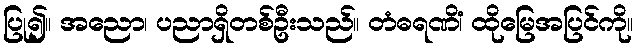
ပြု၍။ အညော၊ ပညာရှိတစ်ဦးသည်။ တံဓရဏိံ၊ ထိုမြေအပြင်ကို။